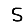
Digit: 5